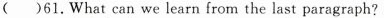
()61.What can we learn from the last paragraph?